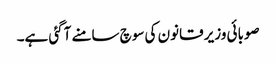
صوبائی وزیر قانون کی سوچ سامنے آگئی ہے۔